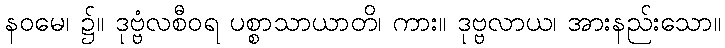
နဝမေ၊ ၌။ ဒုဗ္ဗံလစီဝရ ပစ္စာသာယာတိ၊ ကား။ ဒုဗ္ဗလာယ၊ အားနည်းသော။